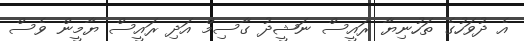
އެ ދުވަހުގެ ތަހުނިޔާ ރައީސް ނަޝީދު ގާސިމް އަދި ރައީސް ޔާމީން ވެސް